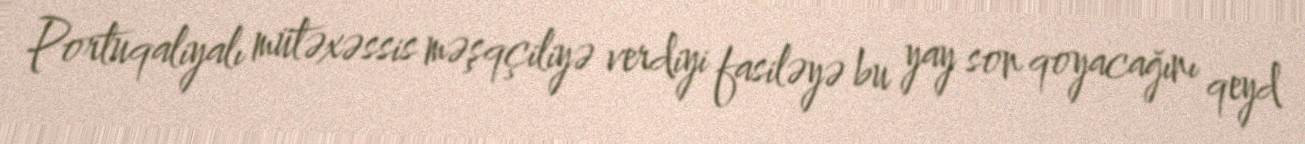
Portuqaliyalı mütəxəssis məşqçiliyə verdiyi fasiləyə bu yay son qoyacağını qeyd